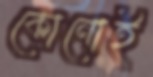
কোনোই